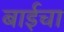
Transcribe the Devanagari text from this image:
बाईचा